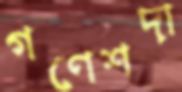
গণেশদা